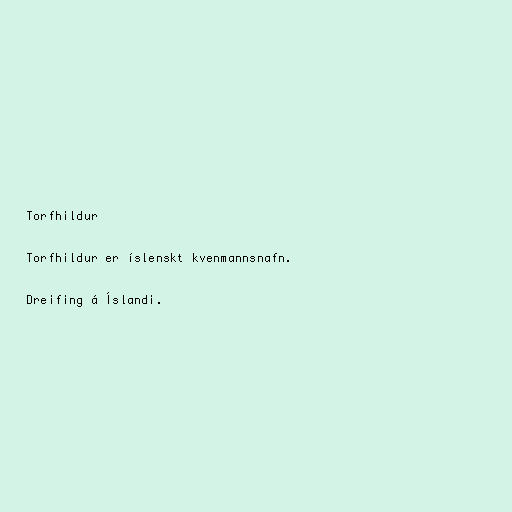
Torfhildur

Torfhildur er íslenskt kvenmannsnafn.

Dreifing á Íslandi.